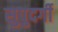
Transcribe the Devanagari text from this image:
सुपुदर्गी